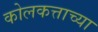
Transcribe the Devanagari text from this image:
कोलकत्ताच्या